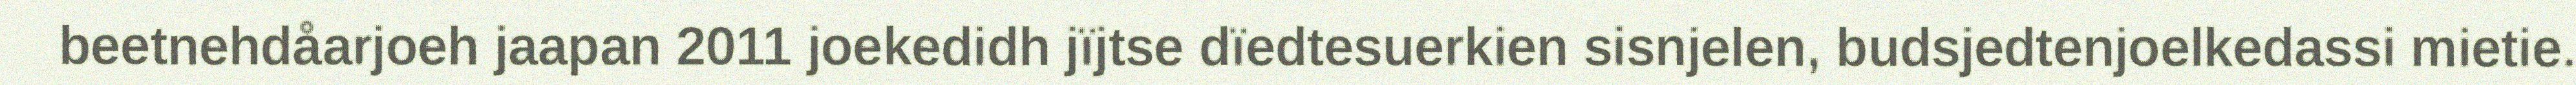
beetnehdåarjoeh jaapan 2011 joekedidh jïjtse dïedtesuerkien sisnjelen, budsjedtenjoelkedassi mietie.